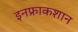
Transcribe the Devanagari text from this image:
इनफ्राकशान